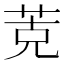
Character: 𰱁